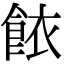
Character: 餏